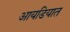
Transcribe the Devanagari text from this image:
आयडियात